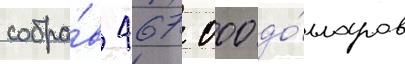
собра́в 467 000 до́лларов